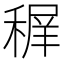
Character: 𥠧